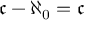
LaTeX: { \mathfrak { c } } - \aleph _ { 0 } = { \mathfrak { c } }